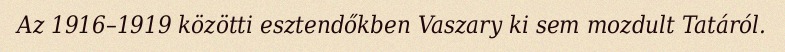
Az 1916–1919 közötti esztendőkben Vaszary ki sem mozdult Tatáról.